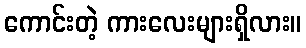
ကောင်းတဲ့ ကားလေးများရှိလား။